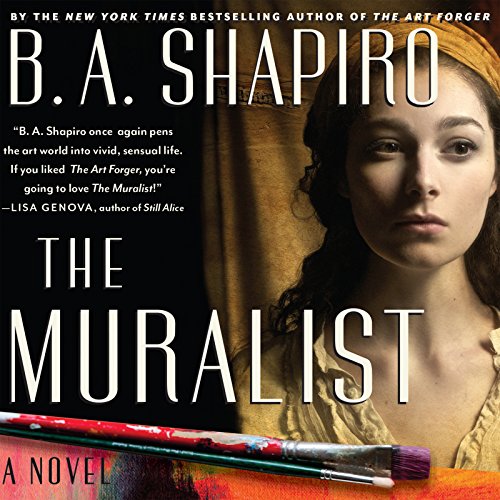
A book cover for The Muralist; B. A. Shapiro; Literature & Fiction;